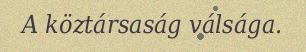
A köztársaság válsága.